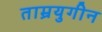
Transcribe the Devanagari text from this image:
ताम्रयुगीन